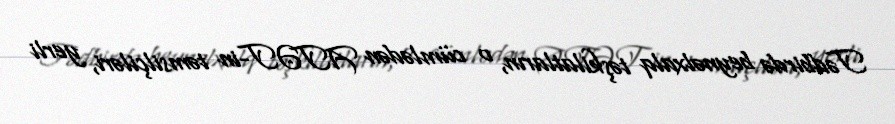
Tədbirdə beynəlxalq təşkilatların, o cümlədən ATƏT-in təmsilçiləri, yerli